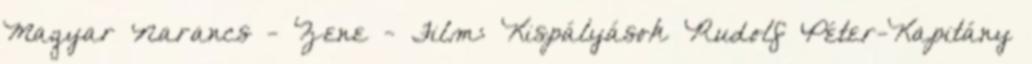
Magyar Narancs - Zene - Film: Kispályások Rudolf Péter-Kapitány